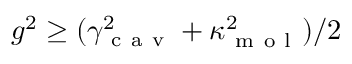
g ^ { 2 } \ge ( \gamma _ { \mathrm { ~ c ~ a ~ v ~ } } ^ { 2 } + \kappa _ { \mathrm { ~ m ~ o ~ l ~ } } ^ { 2 } ) / 2